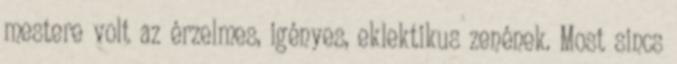
mestere volt az érzelmes, igényes, eklektikus zenének. Most sincs